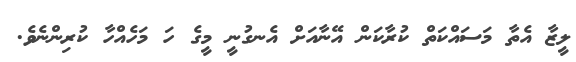
ލީޒާ އެތާ މަސައްކަތް ކުރާކަން އޭނާއަށް އެނގުނީ މީގެ ހަ މަހެއްހާ ކުރިންނެވެ.